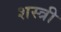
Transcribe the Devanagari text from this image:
शस्त्री